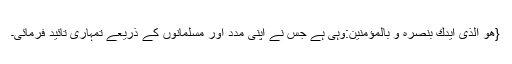
{هُوَ الَّذِیْۤ اَیَّدَكَ بِنَصْرِهٖ وَ بِالْمُؤْمِنِیْنَ:وہی ہے جس نے اپنی مدد اور مسلمانوں کے ذریعے تمہاری تائید فرمائی۔